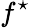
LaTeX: f^{\star}